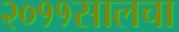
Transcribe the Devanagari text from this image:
२०११सालचा